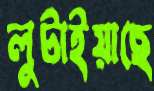
লুটাইয়াছে